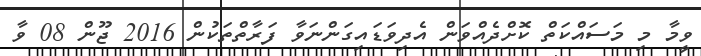
ވީމާ މި މަސައްކަތް ކޮށްދެއްވަން އެދިވަޑައިގަންނަވާ ފަރާތްތަކުން 2016 ޖޫން 08 ވާ